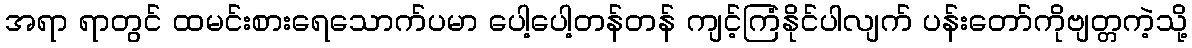
အရာ ရာတွင် ထမင်းစားရေသောက်ပမာ ပေါ့ပေါ့တန်တန် ကျင့်ကြံနိုင်ပါလျက် ပန်းတော်ကိုဗျတ္တကဲ့သို့